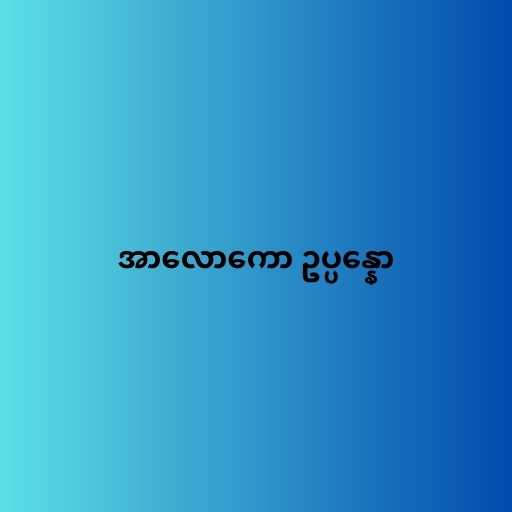
အာလောကော ဥပ္ပန္နော